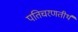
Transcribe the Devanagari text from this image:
पतिचरणतीर्थ